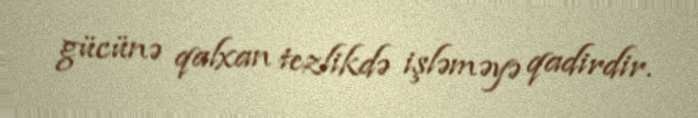
gücünə qalxan tezlikdə işləməyə qadirdir.